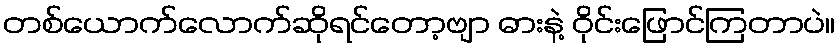
တစ်ယောက်လောက်ဆိုရင်တော့ဗျာ ဓားနဲ့ ဝိုင်းဖြောင်ကြတာပဲ။